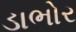
ડાભોર